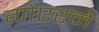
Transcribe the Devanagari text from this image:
गोएरने